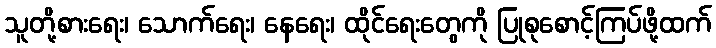
သူတို့စားရေး၊ သောက်ရေး၊ နေရေး၊ ထိုင်ရေးတွေကို ပြုစုစောင့်ကြပ်ဖို့ထက်